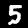
Label: 5